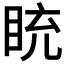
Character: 𥅻